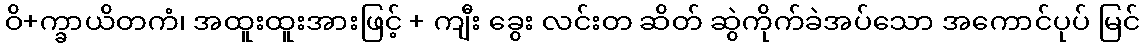
ဝိ+က္ခာယိတကံ၊ အထူးထူးအားဖြင့် + ကျီး ခွေး လင်းတ ဆိတ် ဆွဲကိုက်ခဲအပ်သော အကောင်ပုပ် မြင်